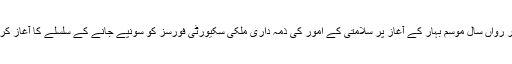
افغان صدر رواں سال موسم بہار کے آغاز پر سلامتی کے امور کی ذمہ داری ملکی سکیورٹی فورسز کو سونپے جانے کے سلسلے کا آغاز کر دیں گے۔